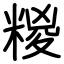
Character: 糉